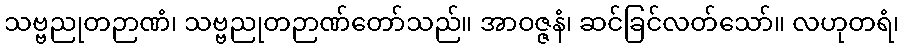
သဗ္ဗညုတဉာဏံ၊ သဗ္ဗညုတဉာဏ်တော်သည်။ အာဝဇ္ဇနံ၊ ဆင်ခြင်လတ်သော်။ လဟုတရံ၊